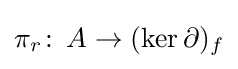
\pi _{r}\colon \,A\to (\ker \partial )_{f}